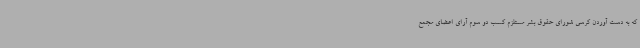
که به دست آوردن کرسی شورای حقوق بشر مستلزم کسب دو سوم آرای اعضای مجمع